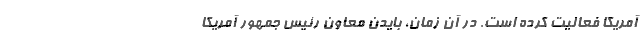
آمریکا فعالیت کرده است. در آن زمان، بایدن معاون رئیس جمهور آمریکا